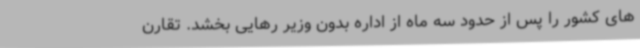
های کشور را پس از حدود سه ماه از اداره بدون وزیر رهایی بخشد. تقارن